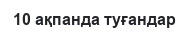
10 ақпанда туғандар